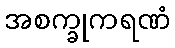
အစက္ခုကရဏံ